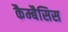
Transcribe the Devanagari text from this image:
कैम्बैसिस